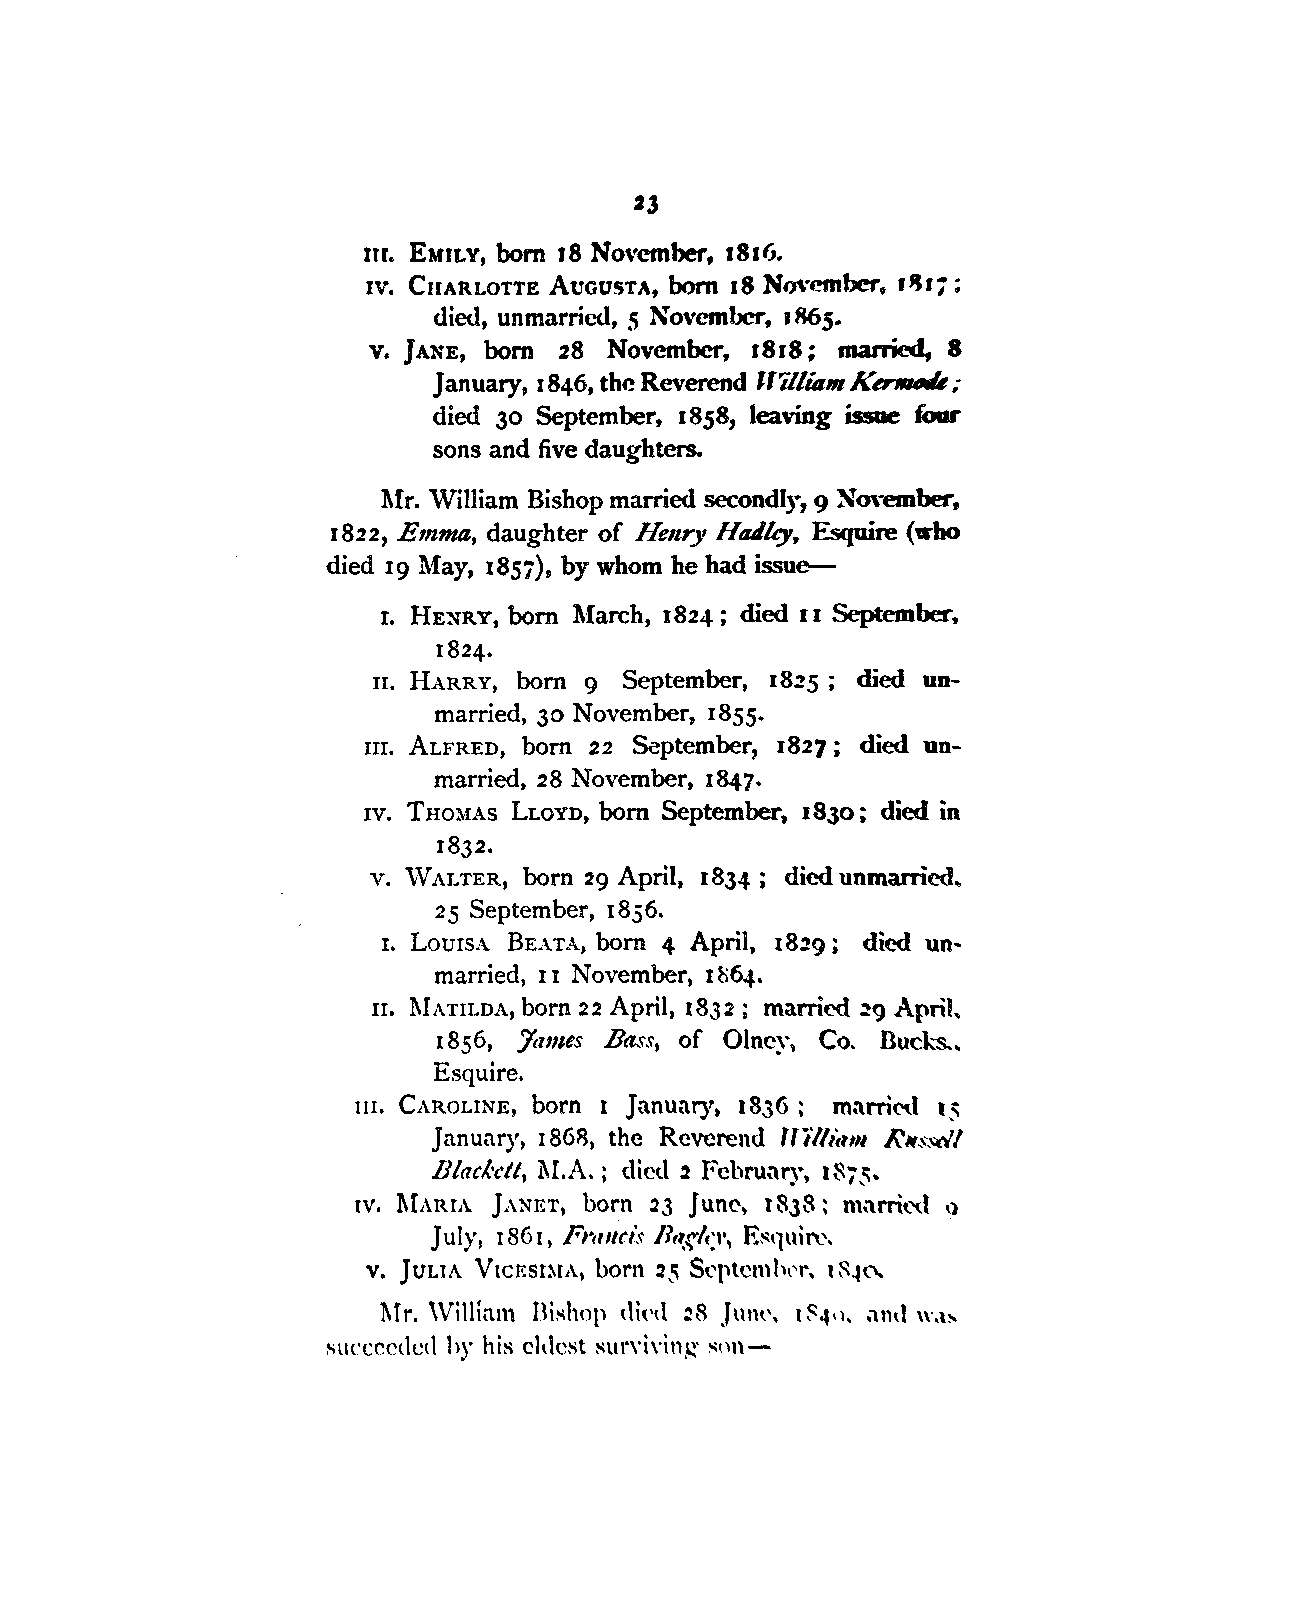
2J
 nr. EMILY, bom 18 November, 1816.
 IV. CnARLOTTE AUGUSTA, born 18 No,·ember, rf/Jr;;
 died, unmarried, 5 November, , 865.
 v. JANE, born 28 November, 1818; married, 8
 January, 1846, the Reverend lf'illiam KD7fltlM;
 died 30 September, 1858, leaving issue four
 sons and five daughters.
 l\Ir. William Bishop married secondly, 9 Nm·ember,
 1822, Emma, daughter of He11ry Htu.lky, Esquire (who
 died 19 May, 185;), by whom he had issue--
 I. HENRY, born March, 1824; died II September,
 1824.
 n. HARRY, born 9 September, 18l5 ; died un
 married, 30 November, 1855.
 III. ALFRED, born 22 September, 1827; died un
 married, 28 November, 1847.
 IV. THOMAS LLOYD, born September, 1830; died in
 1832.
 v. vVALTER, born 29 April, 1834 ; died unmarried.
 25 September, 1856.
 r. LoursA BEATA, born 4 April, 18!!9; died un,
 married, I I November, 1~64.
 n. l\IATILDA, born 22 April, 1832; married ~9 April.
 I 856, :James Bass, of Olney, Co. Bucks..
 Esquire.
 m. CAROLINE, born I January, 1836 ; marri~l 15
 January, 1868, the Reverend TTi'/b~,111 R11s. .-. dl
 11/acl..·ctl, l\t.A. ; died !2 February, 18; ~-
 IV, l\[ARIA JANET, born 23 June, 1838; m.trrtt"(l o
 July, 1861, Fnuui~ 11,~fl(I', E~quirt\
 v. JULIA Vtctsr~tA, born 25 St'ptemht'r, 1 ~~f\,
 l\lr. \Vitliam Bishop dic'd .:?8 Ju,w, 1 ~4,l, ,1n,l w.b
 succr.c(le(l by his cl,lcst sun-i\·ing snn-